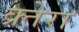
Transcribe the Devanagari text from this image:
क्र्तेरा